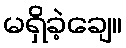
မရှိခဲ့ချေ။